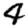
Digit: 4